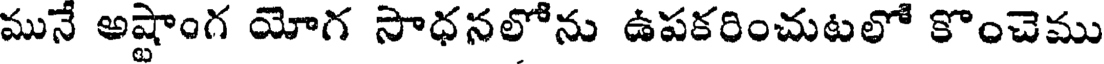
మునే అష్టాంగ యోగ సాధనలోను ఉపకరించుటలో కొంచెము